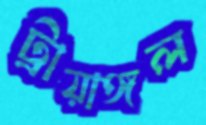
ট্রায়াঙ্গল